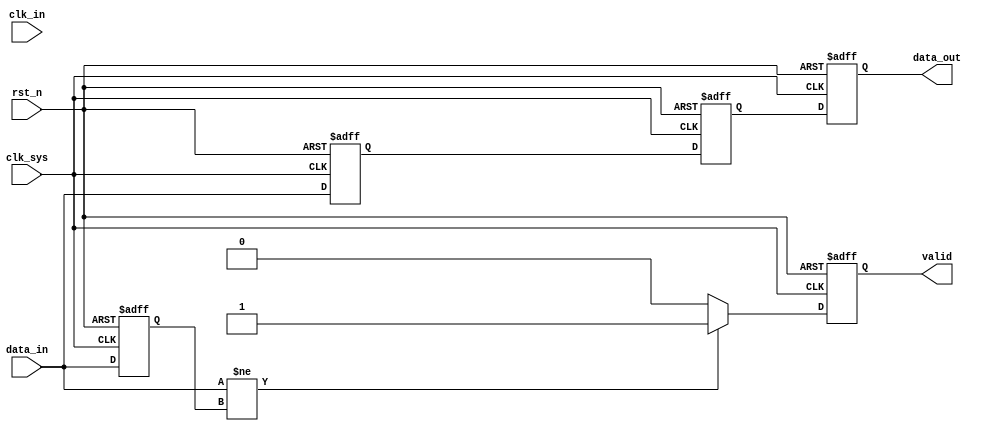
module async_to_sync_converter (
    input wire        clk_sys,         // System clock
    input wire        clk_in,          // Asynchronous clock input
    input wire        data_in,         // Asynchronous data input
    input wire        rst_n,           // Asynchronous reset (active low)
    output reg       data_out,        // Synchronized data output
    output reg       valid             // Valid signal
);

    // Synchronizer registers
    reg sync_ff1, sync_ff2;

    // Detect changes on data_in
    reg data_in_prev;
    wire data_in_changed = data_in != data_in_prev;

    // Asynchronous reset logic: Initialize registers and valid signal
    always @(posedge clk_sys or negedge rst_n) begin
        if (!rst_n) begin
            sync_ff1 <= 1'b0;
            sync_ff2 <= 1'b0;
            data_out  <= 1'b0;
            valid     <= 1'b0;
            data_in_prev <= 1'b0;
        end else begin
            // Synchronize the asynchronous data input using dual flip-flop approach
            sync_ff1 <= data_in; 
            sync_ff2 <= sync_ff1; 
            
            // Output the synchronized data
            data_out <= sync_ff2; 

            // Detect when data_out is valid
            if (data_in_changed) begin
                valid <= 1'b1;     // Assert VALID signal if data changes
            end else begin
                valid <= 1'b0;     // Deassert VALID signal if no change
            end
            
            // Update previous state
            data_in_prev <= data_in;
        end
    end
    
endmodule